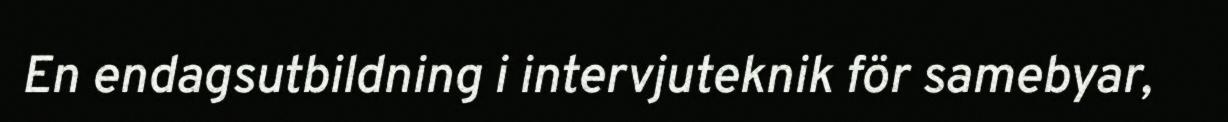
En endagsutbildning i intervjuteknik för samebyar,